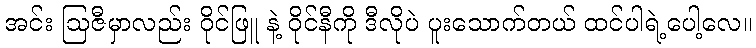
အင်း ဩဇီမှာလည်း ဝိုင်ဖြူ နဲ့ ဝိုင်နီကို ဒီလိုပဲ ပူးသောက်တယ် ထင်ပါရဲ့ပေါ့လေ။